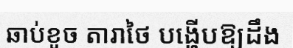
ឆាប់ខូច តារាថៃ បង្ហើបឱ្យដឹង